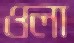
ওলা